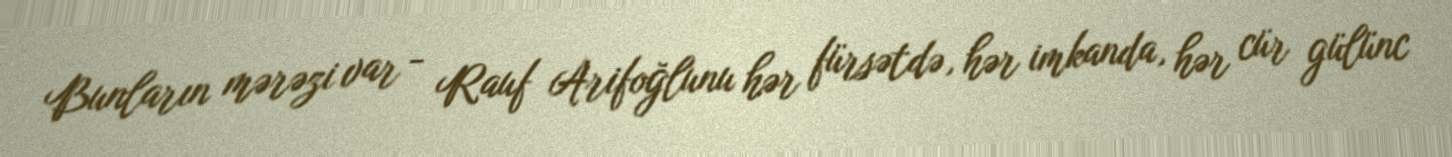
Bunların mərəzi var - Rauf Arifoğlunu hər fürsətdə, hər imkanda, hər cür gülünc